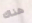
هناك